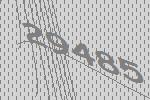
29485